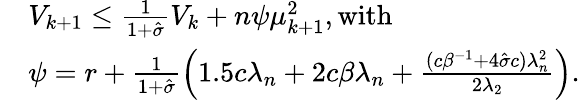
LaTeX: \begin{array}{rl}&{V_{k+1}\leq\frac{1}{1+\hat{\sigma}}V_{k}+n\psi\mu_{k+1}^{2},\mathrm{with}}\\ &{\psi=r+\frac{1}{1+\hat{\sigma}}\left(1.5c\lambda_{n}+2c{\beta}\lambda_{n}+\frac{(c\beta^{-1}+4\hat{\sigma}c)\lambda_{n}^{2}}{2\lambda_{2}}\right).}\end{array}